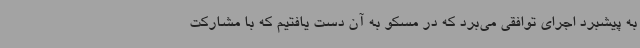
به پیشبرد اجرای توافقی می‌برد که در مسکو به آن دست یافتیم که با مشارکت